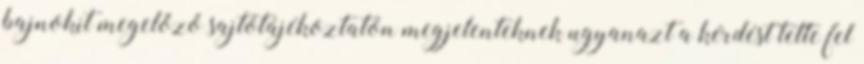
bajnokit megelőző sajtótájékoztatón megjelenteknek ugyanazt a kérdést tette fel